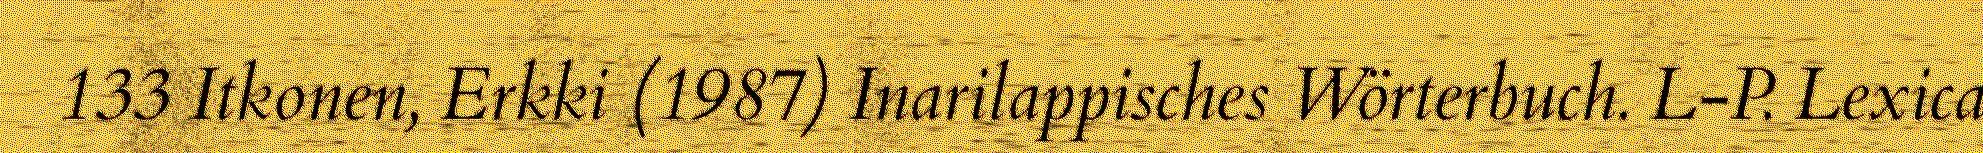
133 Itkonen, Erkki (1987) Inarilappisches Wörterbuch. L-P. Lexica